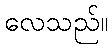
လေသည်။